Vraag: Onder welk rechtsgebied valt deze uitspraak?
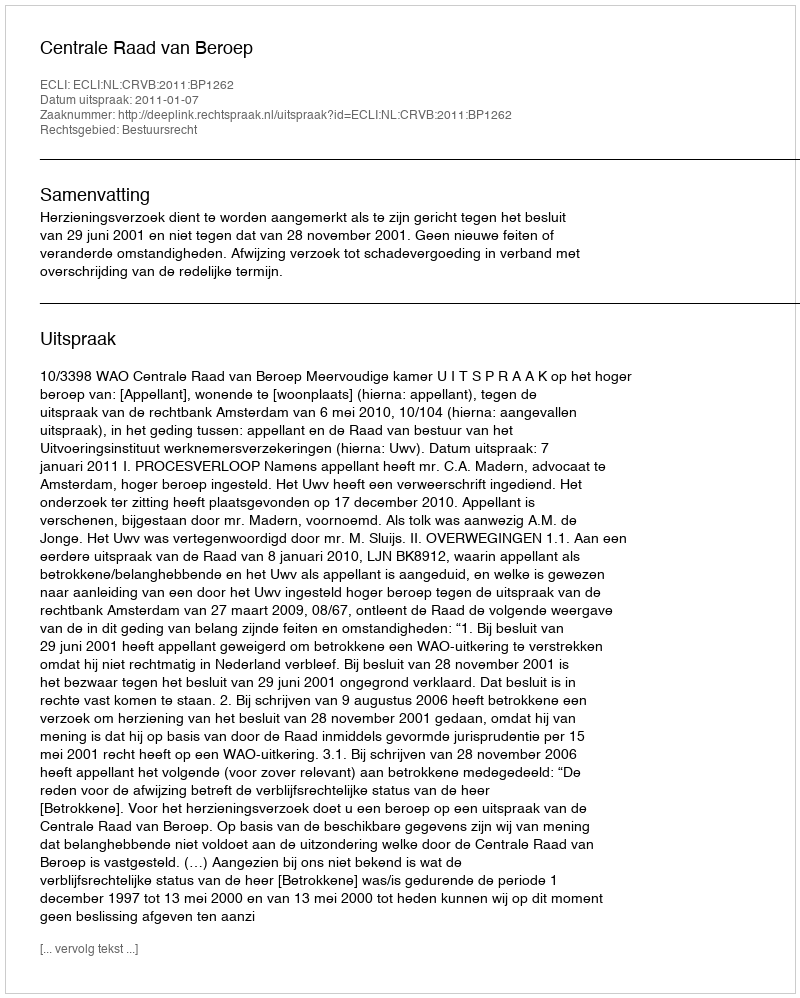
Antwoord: Bestuursrecht